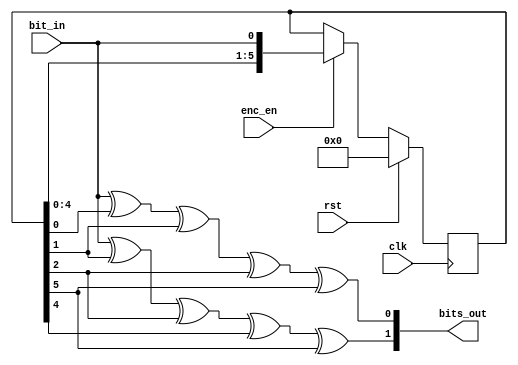
// This program was cloned from: https://github.com/open-sdr/openwifi-hw
// License: GNU Affero General Public License v3.0

/*
 * convenc - convolutional encoder implementation with generator polynomials, g0 = 133 and g1 = 171, of rate R = 1/2
 *
 * Michael Tetemke Mehari michael.mehari@ugent.be
 */

module convenc
(
  input  wire clk,
  input  wire rst,

  input  wire enc_en,
  input  wire bit_in,
  output wire [1:0] bits_out
);

  reg [5:0] state;
  always @(posedge clk)
  if (rst) begin
      state <= 0;
  end else if(enc_en) begin
      state <= {state[4:0], bit_in};
  end
  assign bits_out[0] =  bit_in ^ state[0] ^ state[1] ^ state[2] ^ state[5];
  assign bits_out[1] =  bit_in ^ state[1] ^ state[2] ^ state[4] ^ state[5];

endmodule